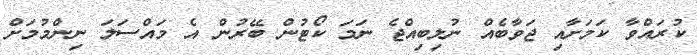
ކުރައްވާ ކަމަށާއި ޖަވާބެއް ނުލިބިއްޖެ ނަމަ ކޯޓުން ބޭރުން އެ މައްސަލަ ނިންމުމަށް